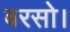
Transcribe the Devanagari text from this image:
बरसो।